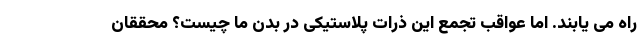
راه می یابند. اما عواقب تجمع این ذرات پلاستیکی در بدن ما چیست؟ محققان